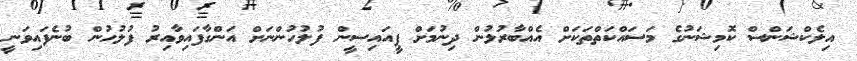
އިލެކްޝަންސް ކޮމިޝަނުގެ މަސައްކަތްތަކަށް އެއްބާރުލުން ދިނުމަށް ޕީއައިސީން ފުލުހުންނަށް އަންގާފައިވާއިރު ފުލުހުން ބުނެފައިވަނީ